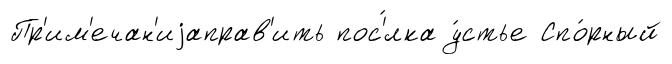
Пр'им'ечан'иjаправ'ить пос'́лка у́стье Спо́рный